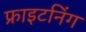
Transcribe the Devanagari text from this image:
फ्राइटनिंग